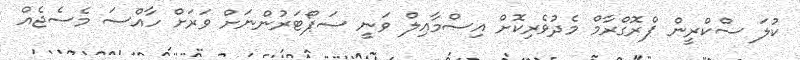
ކުލަ ސްކްރީން ޕްރޮގްރާމް މެދުވެރިކޮށް އިސްމާއިލް ވަނީ ސަޕޯޓަރުންނަށް ވަރަށް ހާއްސަ މެސެޖެއް